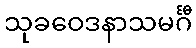
သုခဝေဒနာသမင်္ဂီ